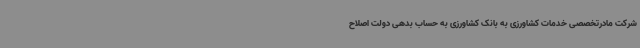
شرکت مادرتخصصی خدمات کشاورزی به بانک کشاورزی به حساب بدهی دولت اصلاح